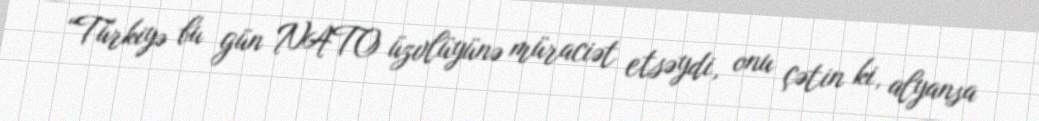
“Türkiyə bu gün NATO üzvlüyünə müraciət etsəydi, onu çətin ki, alyansa